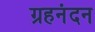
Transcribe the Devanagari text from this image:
ग्रहनंदन